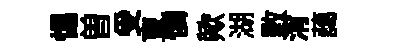
惕曽受亶憐歟湖斁消藹